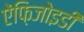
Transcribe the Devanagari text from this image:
ऐंफ़िजोइडी